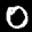
Label: 0